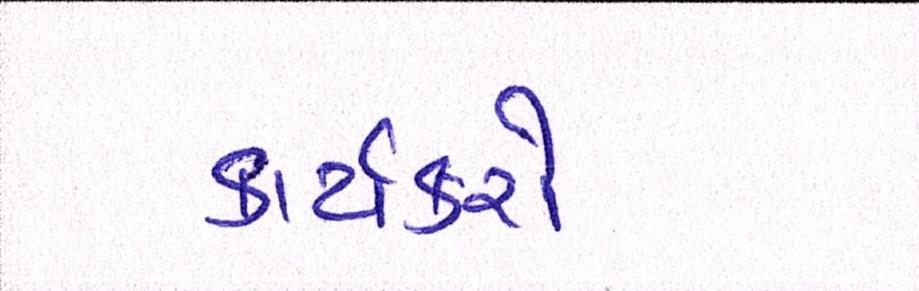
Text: કાર્યકરો